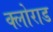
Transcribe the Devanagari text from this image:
क्लोराड